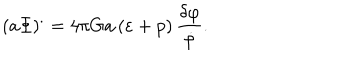
\left( a \Phi \right) ^ { . } = 4 \pi G a \left( \varepsilon + p \right) \frac { \delta \varphi } { \dot { \varphi } } .